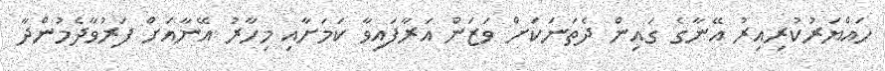
ހައްޔަރުކުރިއިރު އޭނާގެ ގައިން ދެތަނަކަށް ވަޒަަން އަރާފައިވާ ކަމަށާއި މިހާރު އޭނާއަށް ފަރުވާދެމުންދާ